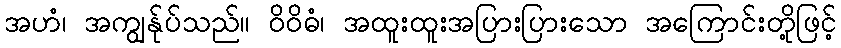
အဟံ၊ အကျွန်ုပ်သည်။ ဝိဝိဓံ၊ အထူးထူးအပြားပြားသော အကြောင်းတို့ဖြင့်